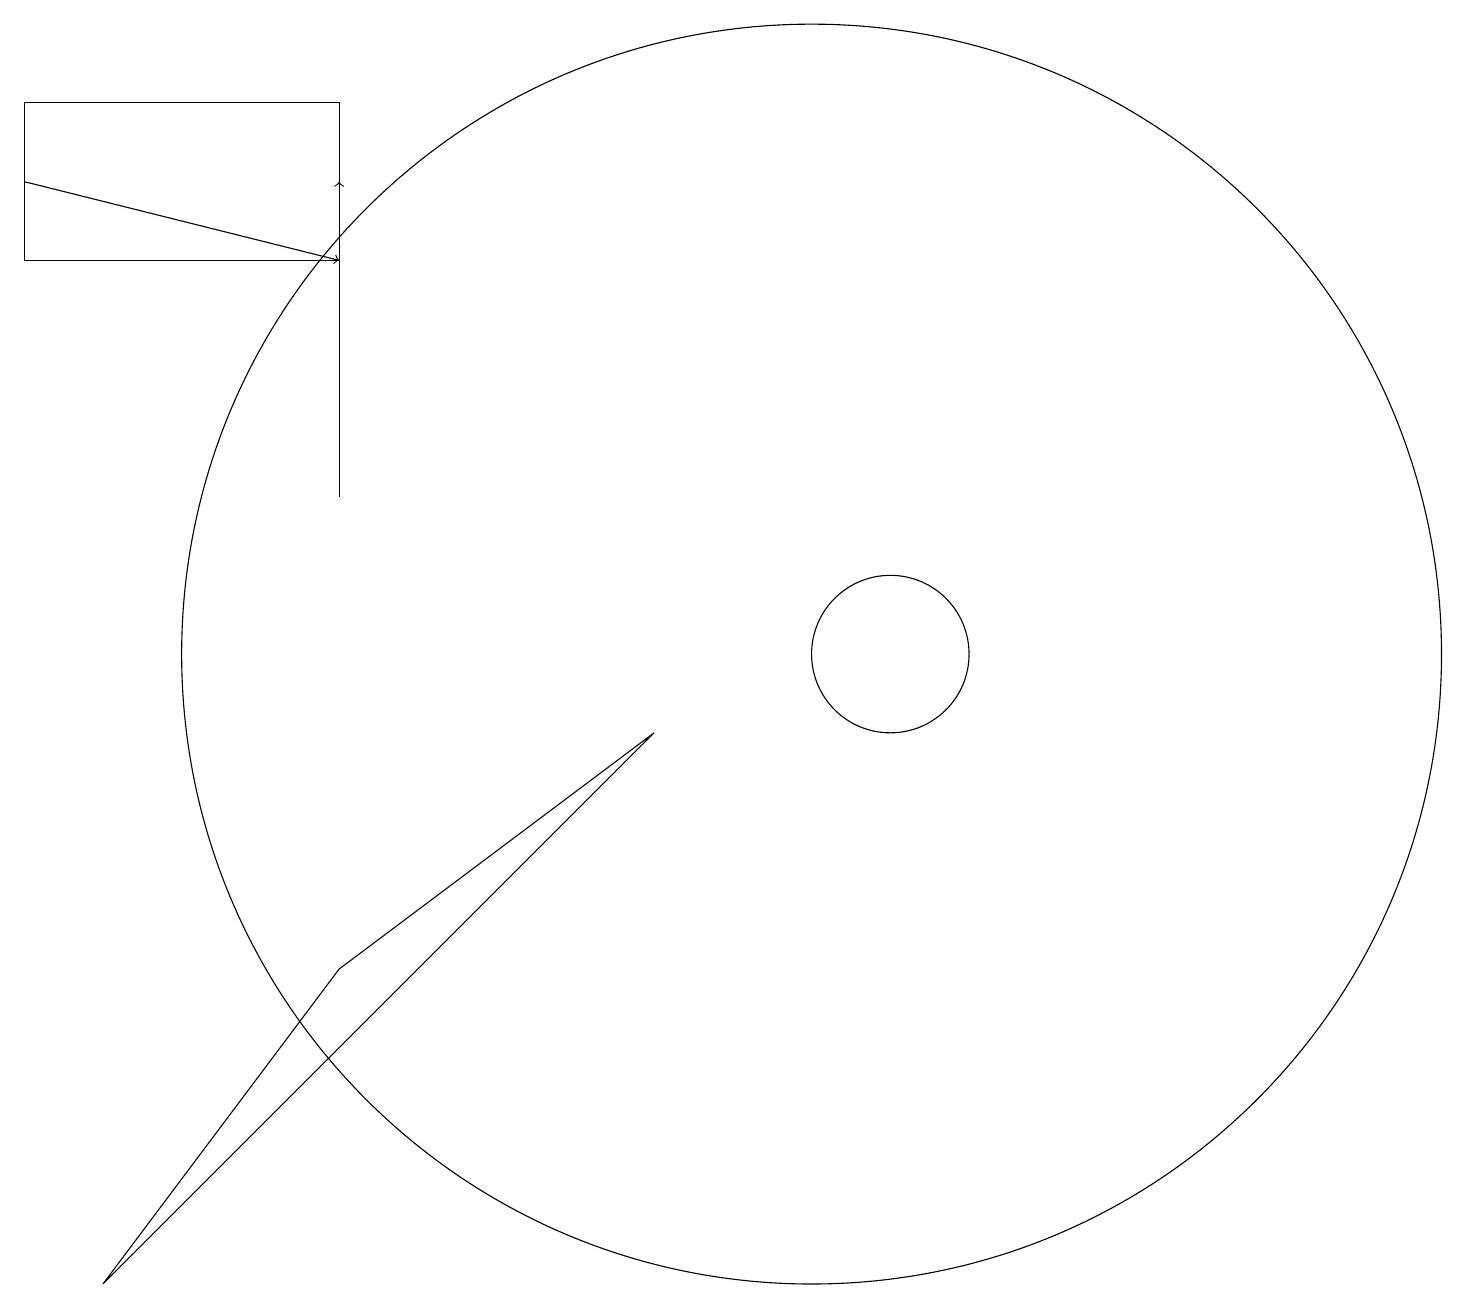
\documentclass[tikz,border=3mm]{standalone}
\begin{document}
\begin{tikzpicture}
\draw[->] (0,16) -- (4,15);
\draw (8,9) -- (4,6) -- (1,2) -- cycle;
\draw[->] (4,12) -- (4,16);
\draw (4,17) rectangle (0,15);
\draw (10,10) circle (8);
\draw (11,10) circle (1);
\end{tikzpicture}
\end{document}